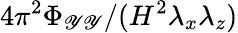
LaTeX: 4\pi^{2}\Phi_{\mathscr{Y}\mathscr{Y}}/(H^{2}\lambda_{x}\lambda_{z})